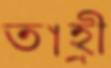
তাহ্রী